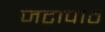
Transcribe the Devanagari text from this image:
जटापाठ